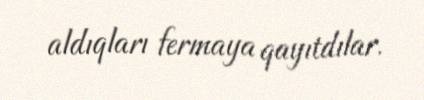
aldıqları fermaya qayıtdılar.